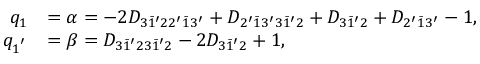
\begin{array} { r l } { q _ { 1 } } & { = \alpha = - 2 { D _ { 3 \bar { 1 } ^ { \prime } 2 2 ^ { \prime } \bar { 1 } 3 ^ { \prime } } } + { D _ { 2 ^ { \prime } \bar { 1 } 3 ^ { \prime } 3 \bar { 1 } ^ { \prime } 2 } } + { D _ { 3 \bar { 1 } ^ { \prime } 2 } } + { D _ { 2 ^ { \prime } \bar { 1 } 3 ^ { \prime } } } - 1 , } \\ { q _ { 1 ^ { ' } } } & { = \beta = { D _ { 3 \bar { 1 } ^ { \prime } 2 3 \bar { 1 } ^ { \prime } 2 } } - 2 { D _ { 3 \bar { 1 } ^ { \prime } 2 } } + 1 , } \end{array}